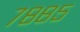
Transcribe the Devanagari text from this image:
७८८५